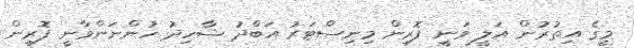
މީގެ އިތުރުން އަލީ ވަނީ ފޮރިން މިނިސްޓަރު އަބްދު ޝާހިދު ހުންނަންވާނީ ފޮރިން